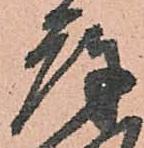
庫